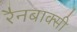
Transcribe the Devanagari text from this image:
रैनबाक्सी